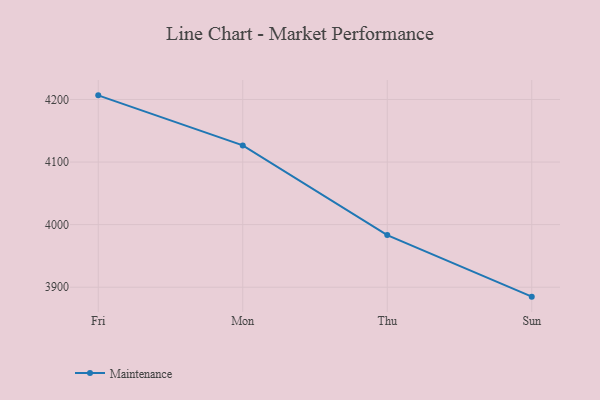
{"axis": {"x": "Day", "y": "Headcount"}, "legend": ["Maintenance"], "data": [{"x": "Fri", "y": 4206.6, "type": "Maintenance"}, {"x": "Mon", "y": 4126.6, "type": "Maintenance"}, {"x": "Thu", "y": 3983.3, "type": "Maintenance"}, {"x": "Sun", "y": 3884.9, "type": "Maintenance"}]}